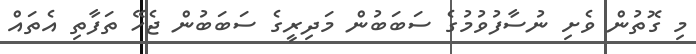
މި ގޮތުން ވެށި ނުސާފުވުމުގެ ސަބަބުން މަދިރީގެ ސަބަބުން ޖެހޭ ތަފާތި އެތައް